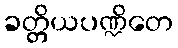
ခတ္တိယပဏ္ဍိတေ